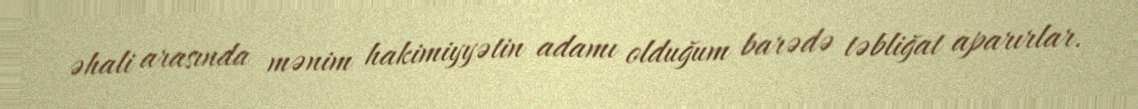
əhali arasında mənim hakimiyyətin adamı olduğum barədə təbliğat aparırlar.